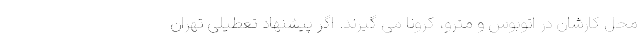
محل کارشان در اتوبوس و مترو، کرونا می گیرند. اگر پیشنهاد تعطیلی تهران